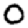
Digit: 0